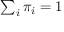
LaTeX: \textstyle \sum _ { i } \pi _ { i } = 1